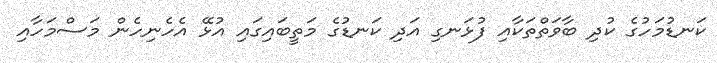
ކަނޑުމަހުގެ ކުދި ބާވަތްތަކާއި ފުޅަނގި އަދި ކަނޑުގެ މަތީބައިގައި އުޅޭ އެހެނިހެން މަސްމަހާއި